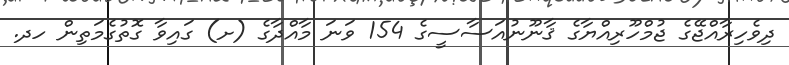
ދިވެހިރާއްޖޭގެ ޖުމްހޫރިއްޔާގެ ޤާނޫނުއަސާސީގެ 154 ވަނަ މާއްދާގެ (ށ) ގައިވާ ގޮތުގެމަތިން ހދ.